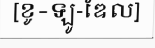
[ខូ-ឡូ-ឌែល]